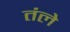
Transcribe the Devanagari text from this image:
तंले